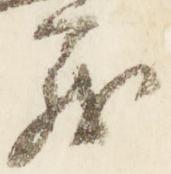
義